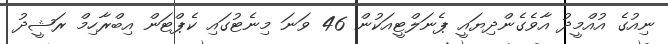
ނިއުގެ އުއްމީދު އާވެގެންދިޔައީ ޕެނަލްޓީއަކުން 46 ވަނަ މިނެޓުގައި ކެޕްޓަން އިބްރާހިމް ރަޝީދު